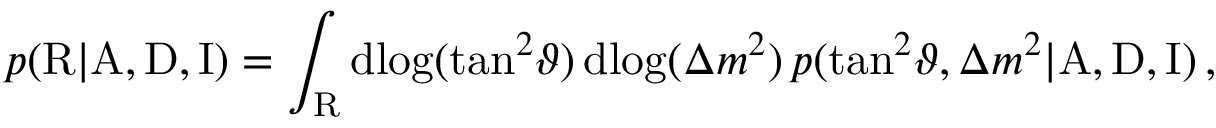
p ( \mathrm { R } | \mathrm { A } , \mathrm { D } , \mathrm { I } ) = \int _ { \mathrm { R } } \mathrm { d } \! \log ( \tan ^ { 2 } \! \vartheta ) \, \mathrm { d } \! \log ( \Delta { m } ^ { 2 } ) \, p ( \tan ^ { 2 } \! \vartheta , \Delta { m } ^ { 2 } | \mathrm { A } , \mathrm { D } , \mathrm { I } ) \, ,